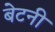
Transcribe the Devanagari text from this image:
बेटनी